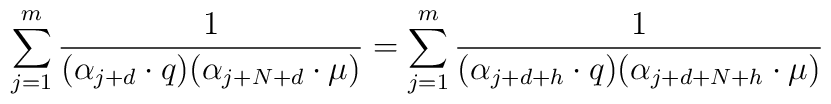
\sum_{j=1}^{m}{1\over{(\alpha_{j+d}\cdot   q)(\alpha_{j+N+d}\cdot\mu)}}   =\sum_{j=1}^{m}{1\over{(\alpha_{j+d+h}\cdot q)   (\alpha_{j+d+N+h}\cdot\mu)}}